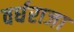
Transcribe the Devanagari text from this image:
वर्धराजा